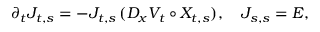
\partial _ { t } J _ { t , s } = - J _ { t , s } \, ( D _ { x } V _ { t } \circ X _ { t , s } ) , \quad J _ { s , s } = E ,